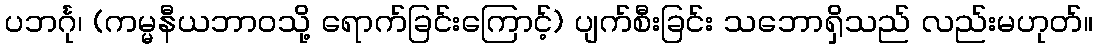
ပဘင်္ဂု၊ (ကမ္မနီယဘာဝသို့ ရောက်ခြင်းကြောင့်) ပျက်စီးခြင်း သဘောရှိသည် လည်းမဟုတ်။